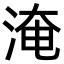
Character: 淹